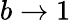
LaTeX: b\rightarrow 1